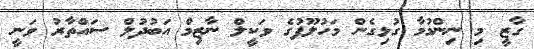
ގާޒީ މި ނިންމުމާ ގުޅިގެން މަހުލޫފުގެ ވަކީލް ނާޒިމް އަބުދުލް ސައްތާރު ވަނީ